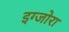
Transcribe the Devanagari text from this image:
इग्जोरा